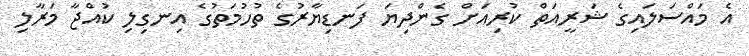
އެ މައްސަލައިގެ ޝަރީއަތް ކުރިއަށް ގެންދިޔަ ފަނޑިޔާރުގެ ތުހުމަތުގެ އިނގިލި ކުއްޖާ މަރާލި